画像に写った文字を読んでください
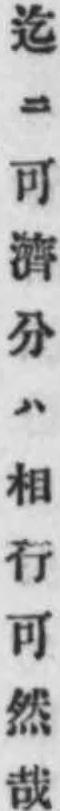
「迄ニ可濟分ハ相行可然哉」と書いてあります